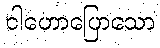
ငါဟောပြောသော